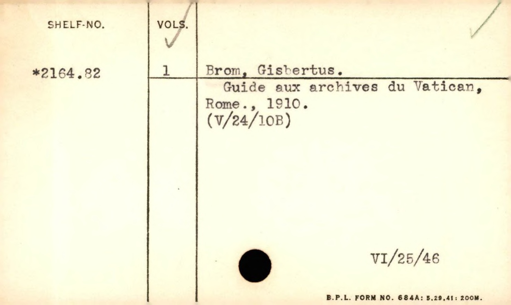
Label: content